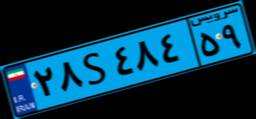
۲۸S۴۸۴۵۹